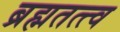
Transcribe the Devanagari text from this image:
ब्रह्मतत्त्व